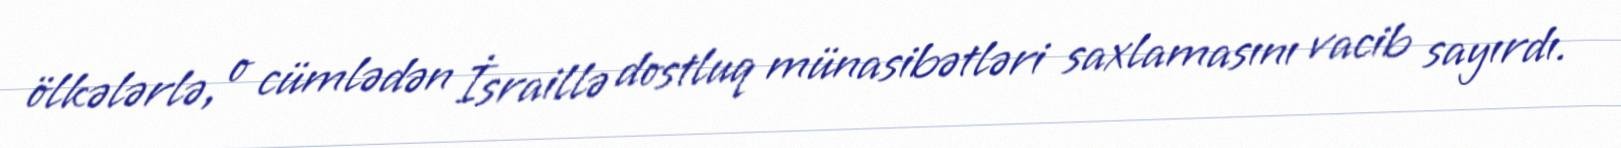
ölkələrlə, o cümlədən İsraillə dostluq münasibətləri saxlamasını vacib sayırdı.